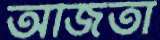
অজিতা